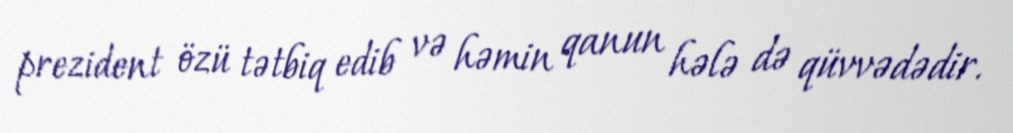
prezident özü tətbiq edib və həmin qanun hələ də qüvvədədir.